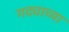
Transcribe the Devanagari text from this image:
गद्याच्या